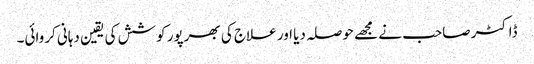
ڈاکٹر صاحب نے مجھے حوصلہ دیا اور علاج کی بھرپور کوشش کی یقین دہانی کروائی۔